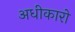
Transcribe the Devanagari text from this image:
अधीकारो